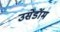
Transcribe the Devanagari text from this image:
उसेडॉम